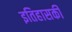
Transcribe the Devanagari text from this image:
इतिहासकी